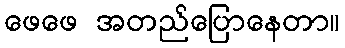
ဖေဖေ အတည်ပြောနေတာ။